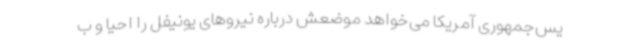
یس‌جمهوری آمریکا می‌خواهد موضعش درباره نیروهای یونیفل را احیا و ب